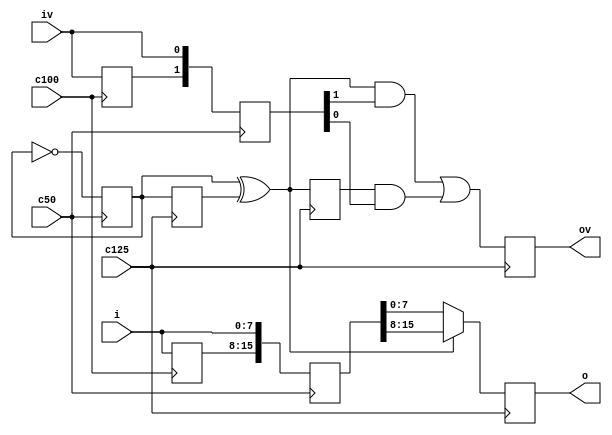
module cdc_100_125
  (
   input             c100, c125, c50,
   input [NB-1:0]    i, // c100
   input             iv, // c100
   output reg [NB-1:0] o,
   output reg  ov = 0);

   parameter integer NB=8;

   reg [NB-1:0] iprev;
   reg 		ivprev = 0;

   always @ (posedge c100)
     begin
	iprev <= i;
	ivprev <= iv;
     end

   reg [NB*2-1:0] i_50;
   reg [1:0] 	  iv_50 = 0;
   reg 		  t_50 = 0;

   always @ (posedge c50)
     begin
	t_50 <= ~t_50;
	i_50 <= {iprev, i};
	iv_50 <= {ivprev, iv};
     end

   reg tprev_125 = 0;
   wire v_125 = t_50 ^ tprev_125;
   reg vprev_125 = 0;

   always @ (posedge c125)
     begin
	tprev_125 <= t_50;
	vprev_125 <= v_125;
	ov <= (v_125 && iv_50[1]) || (vprev_125 && iv_50[0]);
	o <= (v_125) ? i_50[2*NB-1:NB] : i_50[NB-1:0];
     end

   initial
     begin
        $dumpfile("dump.vcd");
        $dumpvars(0);
     end


endmodule